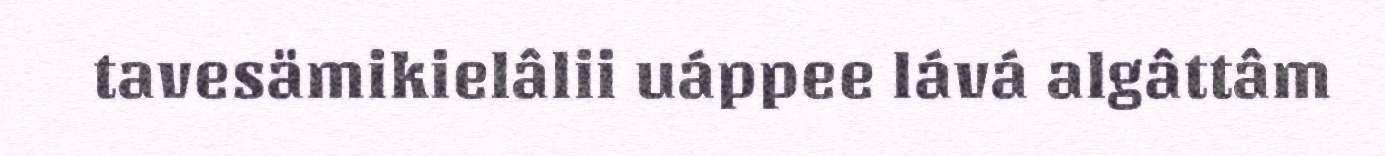
tavesämikielâlii uáppee lává algâttâm